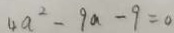
4 a ^ { 2 } - 9 a - 9 = 0